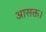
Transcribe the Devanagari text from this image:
आसक्त।